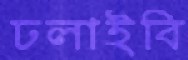
ঢলাইবি